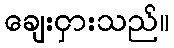
ချေးငှားသည်။